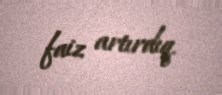
faiz artırdıq.